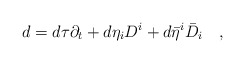
\begin{align*}d=d\tau\partial_t+d\eta_i D^i+d\bar\eta^i\bar D_i\quad,\end{align*}